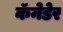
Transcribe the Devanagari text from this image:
कॅनेडेर